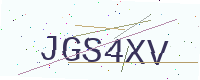
Text: JGS4XV